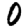
Digit: 0